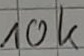
Text: 10k